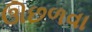
ઊછળવા